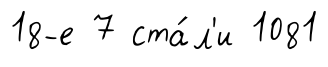
18-е 7 ста́л'и 1081